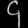
Digit: ၄